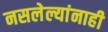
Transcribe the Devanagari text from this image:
नसलेल्यांनाही